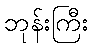
ဘုန်းကြီး